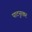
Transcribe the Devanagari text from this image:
पाटनुरकर